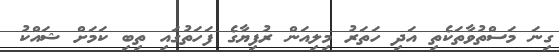
ގިނަ މަސްތުވާތަކެތި އަދި ހަތަރު މިލިއަން ރުފިޔާގެ ފަހަތުގައި ތިބި ކަމަށް ޝައްކު